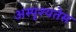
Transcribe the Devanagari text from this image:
अस्पृश्यतेस